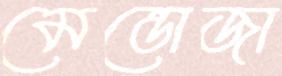
মেন্ডোজা